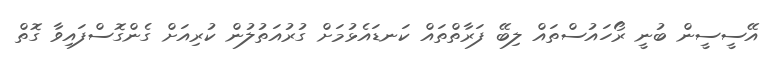
އޭސީސީން ބުނީ ރޯހައުސްތައް ލިބޭ ފަރާތްތައް ކަނޑައެޅުމަށް ގުރުއަތުލުން ކުރިއަށް ގެންގޮސްފައިވާ ގޮތް